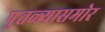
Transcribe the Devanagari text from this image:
पुतळ्यासमोर